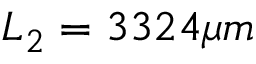
L _ { 2 } = 3 3 2 4 \mu m